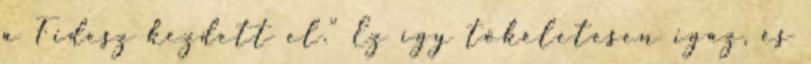
a Fidesz kezdett el." Ez így tökéletesen igaz, és